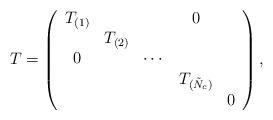
LaTeX: \begin{align*}T=\left( \begin{array}{ccccc}T_{(1)} & & & 0 & \\ & T_{(2)} & & & \\ 0 & & \cdots & & \\ & & & T_{(\tilde N_c)} & \\ & & & & 0 \end{array}\right),\end{align*}